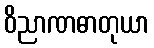
ဝိညာဏဓာတုယာ